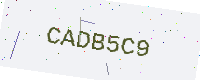
Text: CADB5C9